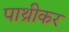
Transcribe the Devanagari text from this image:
पाथ्रीकर